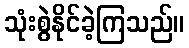
သုံးစွဲနိုင်ခဲ့ကြသည်။